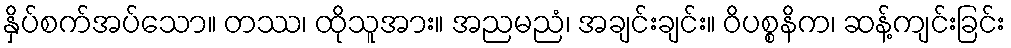
နှိပ်စက်အပ်သော။ တဿ၊ ထိုသူအား။ အညမညံ၊ အချင်းချင်း။ ဝိပစ္စနိက၊ ဆန့်ကျင်းခြင်း